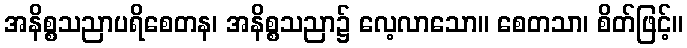
အနိစ္စသညာပရိစေတန၊ အနိစ္စသညာ၌ လေ့လာသော။ စေတသာ၊ စိတ်ဖြင့်။